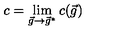
c = \lim _ { \vec { g } \rightarrow \vec { g } ^ { * } } c ( \vec { g } )